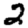
Digit: 2